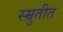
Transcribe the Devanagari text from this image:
स्म्रुतीत